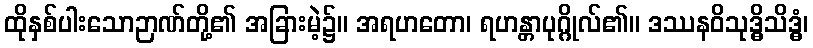
ထိုနှစ်ပါးသောဉာဏ်တို့၏ အခြားမဲ့၌။ အရဟတော၊ ရဟန္တာပုဂ္ဂိုလ်၏။ ဒဿနဝိသုဒ္ဓိသိဒ္ဓံ၊